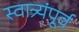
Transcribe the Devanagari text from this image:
स्वात्र्यंपूर्व